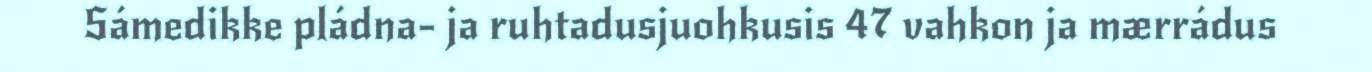
Sámedikke pládna- ja ruhtadusjuohkusis 47 vahkon ja mærrádus